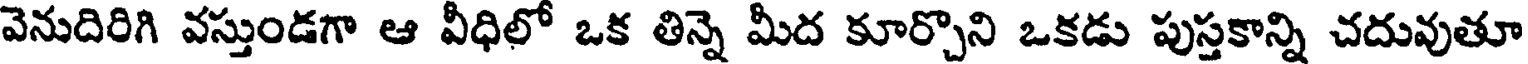
వెనుదిరిగి వస్తుండగా ఆ వీధిలో ఒక తిన్నె మీద కూర్చొని ఒకడు పుస్తకాన్ని చదువుతూ